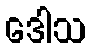
ဒေါသ